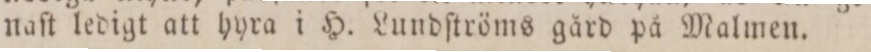
naſt ledigt att hyra i H. Lundſtröms gård på Malmen.